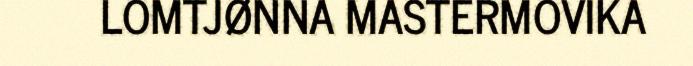
LOMTJØNNA MASTERMOVIKA